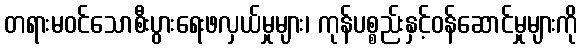
တရားမဝင်သောစီးပွားရေးဖလှယ်မှုများ၊ ကုန်ပစ္စည်းနှင့်ဝန်ဆောင်မှုများကို